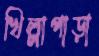
খিল্লাপাড়া